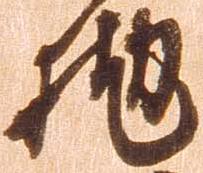
抛